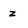
Character: z